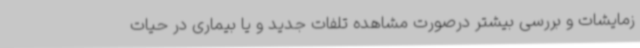
زمایشات و بررسی بیشتر درصورت مشاهده تلفات جدید و یا بیماری در حیات